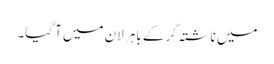
میں ناشتہ کر کے باہر لان میں آ گیا۔